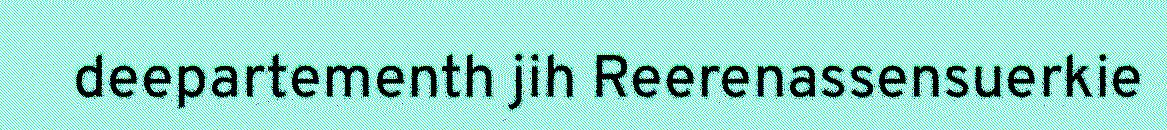
deepartementh jih Reerenassensuerkie